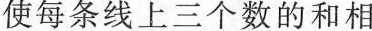
使每条线上三个数的和相园